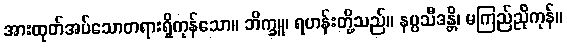
အားထုတ်အပ်သောတရားရှိကုန်သော။ ဘိက္ခူ၊ ရဟန်းတို့သည်။ နပ္ပသီဒန္တိ၊ မကြည်ညိုကုန်။